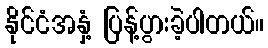
နိုင်ငံအနှံ့ ပြန့်ပွားခဲ့ပါတယ်။